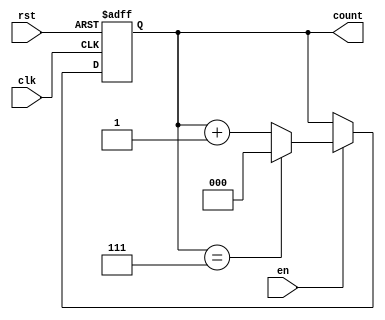
module modulus_counter #(
    parameter N = 8  // Modulus value (counting from 0 to N-1)
) (
    input wire clk,     // Clock signal
    input wire rst,     // Active-high asynchronous reset
    input wire en,      // Enable signal for counting
    output reg [$clog2(N)-1:0] count = 0  // Current count (binary output)
);

// Always block triggered by the clock or asynchronous reset
always @(posedge clk or posedge rst) begin
    if (rst) begin
        // Reset the count to zero
        count <= 0;
    end else if (en) begin
        if (count == N-1) begin
            // Reset to zero on reaching modulus
            count <= 0;
        end else begin
            // Increment the count
            count <= count + 1;
        end
    end
end

endmodule